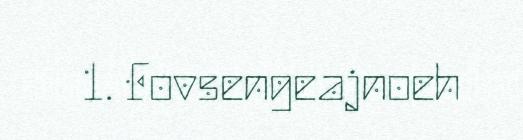
1. Fovsengeajnoeh